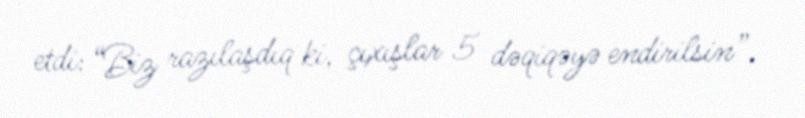
etdi: “Biz razılaşdıq ki, çıxışlar 5 dəqiqəyə endirilsin”.